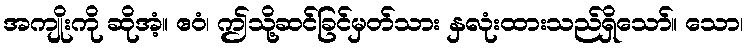
အကျိုးကို ဆိုအံ့။ ဧဝံ၊ ဤသို့ဆင်ခြင်မှတ်သား နှလုံးထားသည်ရှိသော်။ သော၊